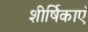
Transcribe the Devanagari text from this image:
शीर्षिकाएँ